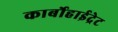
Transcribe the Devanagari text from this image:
कार्बोहाईद्रेट